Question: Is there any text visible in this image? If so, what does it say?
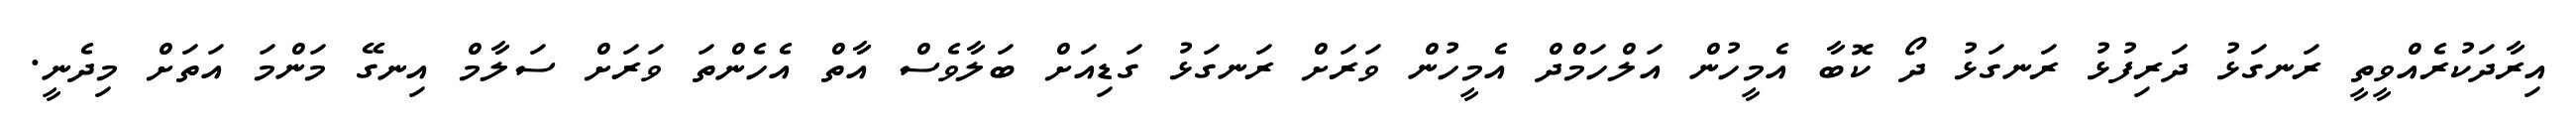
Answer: އިރާދަކުރެއްވީތީ ރަނގަޅު ދަރިފުޅު ރަނގަޅު ދޯ ކޮބާ އެމީހުން އަލްހަމްދް އެމީހުން ވަރަށް ރަނގަޅު ގަޑިއަށް ބަލާވެސް އާތް އެހެންތަ ވަރަށް ސަލާމް އިނގޭ މަންމަ އަތަށް މިދެނީ.